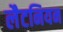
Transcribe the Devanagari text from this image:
लैटनियन